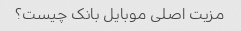
مزیت اصلی موبایل بانک چیست؟